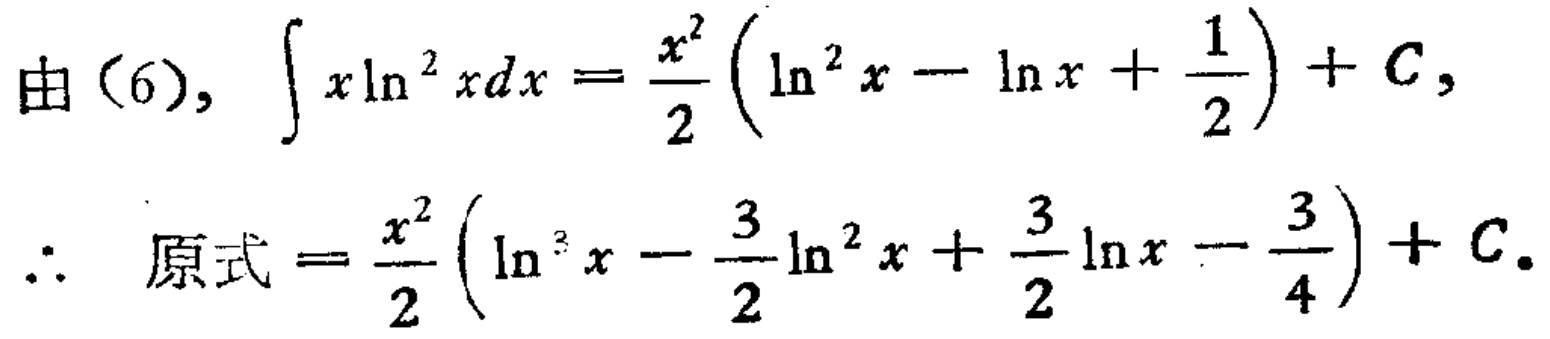
由（6），\(\int x\ln^{2}x dx = \frac{x^{2}}{2} \left(\ln^{2}x - \ln x + \frac{1}{2}\right) + C\)，

\(\therefore\) 原式 \(= \frac{x^{2}}{2} \left(\ln^{3}x - \frac{3}{2}\ln^{2}x + \frac{3}{2}\ln x - \frac{3}{4}\right) + C\)。